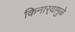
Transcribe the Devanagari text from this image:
किनार्‍यामुळे